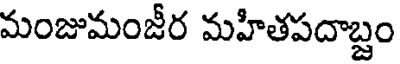
మంజుమంజీర మహితపదాబ్దం